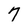
Character: 7